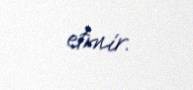
etmir.